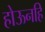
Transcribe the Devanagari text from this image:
होऊनहि